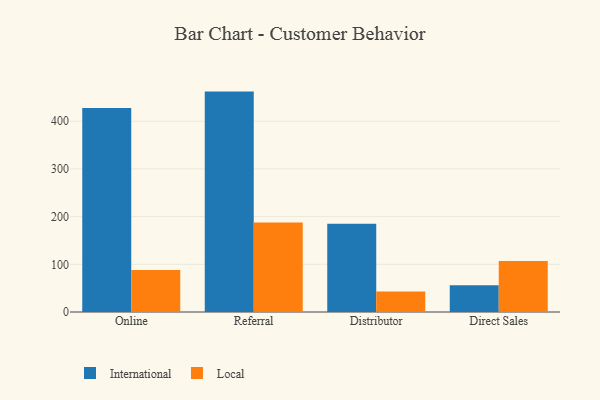
{"axis": {"x": "Channel", "y": "Active Users"}, "legend": ["International", "Local"], "data": [{"x": "Online", "y": 427.6, "type": "International"}, {"x": "Online", "y": 88.3, "type": "Local"}, {"x": "Referral", "y": 462.1, "type": "International"}, {"x": "Referral", "y": 187.8, "type": "Local"}, {"x": "Distributor", "y": 185.1, "type": "International"}, {"x": "Distributor", "y": 43.1, "type": "Local"}, {"x": "Direct Sales", "y": 56.1, "type": "International"}, {"x": "Direct Sales", "y": 107.0, "type": "Local"}]}